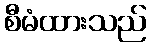
စီမံထားသည်